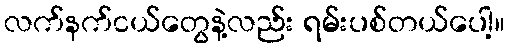
လက်နက်ငယ်တွေနဲ့လည်း ရမ်းပစ်တယ်ပေါ့။